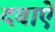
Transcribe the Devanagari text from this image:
दवाऐ